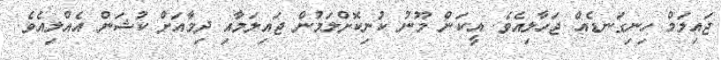
ޖައިލަމް ހިނިގަނޑެއް ޖަހާލިއެވެ. އީކަން މޫނު ކުނިކޮށްލަމުން ޖައިލަމާއި ދިމާއަށް ކުޝަން އެއްލިއެވެ.